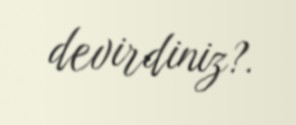
devirdiniz?.